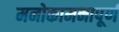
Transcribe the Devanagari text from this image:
मनोकामनापूर्ण